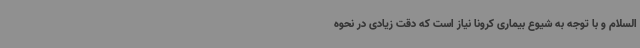
السلام و با توجه به شیوع بیماری کرونا نیاز است که دقت زیادی در نحوه